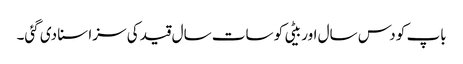
باپ کو دس سال اور بیٹی کو سات سال قید کی سزا سنا دی گئی۔